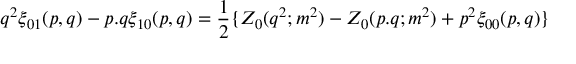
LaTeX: q ^ { 2 } \xi _ { 0 1 } ( p , q ) - p . q \xi _ { 1 0 } ( p , q ) = { \frac { 1 } { 2 } } \{ Z _ { 0 } ( q ^ { 2 } ; m ^ { 2 } ) - Z _ { 0 } ( p . q ; m ^ { 2 } ) + p ^ { 2 } \xi _ { 0 0 } ( p , q ) \}